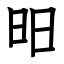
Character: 昍